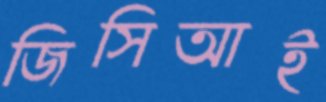
জিসিআই